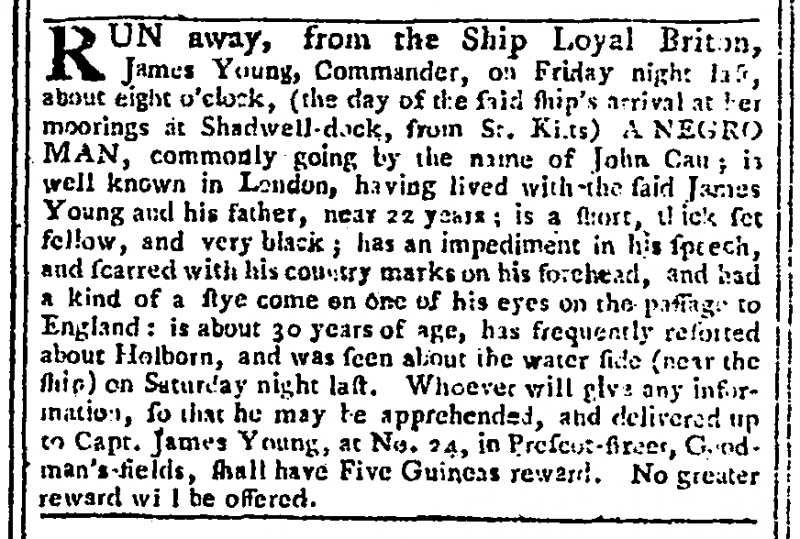
Gazetteer and New Daily Advertiser, 11 August 1769 (England)
RUN away, from the Ship Loyal Briton, James Young, Commander, on Friday night last, about eight o’clock, (the day of the said ship’s arrival at her moorings at Shadwell-dock, from St. Kitts) A NEGRO MAN, commonly going by the name of John Cau[]; is well known in London, having lived with the said James Young and his father, near 22 years; is a short, thick set fellow, and very black; has an impediment in his speech, and scarred with his country marks on his forehead, and had a kind of a stye come on one of his eyes on the passage to England: is about 30 years of age, has frequently resorted about Holborn, and was seen about the water side (near the ship) on Saturday night last. Whoever will give any information, so that he may be apprehended, and delivered up to Capt. James Young, at No. 24, in Prescot-street, Goodman’s-fields, shall have Five Guineas reward. No greater reward will be offered.